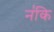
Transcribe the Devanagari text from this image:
न॑कि